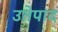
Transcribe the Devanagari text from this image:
उतेपाद